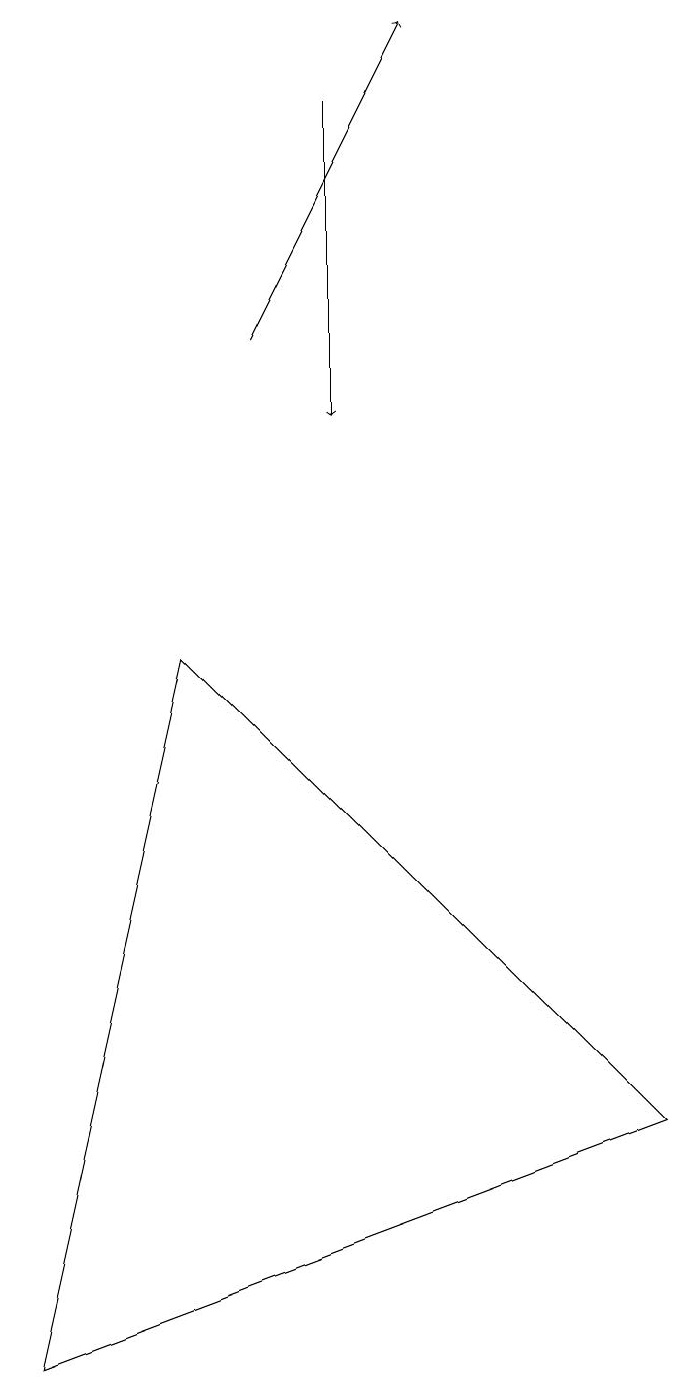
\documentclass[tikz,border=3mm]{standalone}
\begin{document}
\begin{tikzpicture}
\draw (1,0) -- (9,3) -- (3,9) -- cycle;
\draw[->] (4,13) -- (6,17);
\draw[->] (5,16) -- (5,12);
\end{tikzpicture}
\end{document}